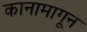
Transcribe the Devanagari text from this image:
कानामागून